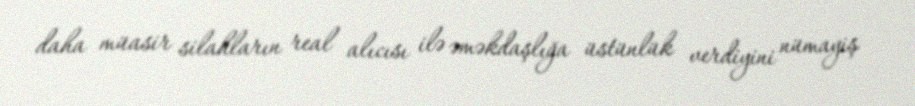
daha müasir silahların real alıcısı ilə əməkdaşlığa üstünlük verdiyini nümayiş